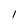
Character: 1